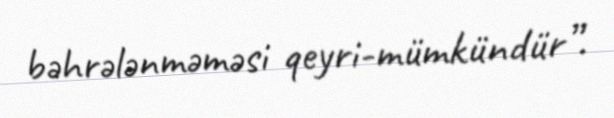
bəhrələnməməsi qeyri-mümkündür”.